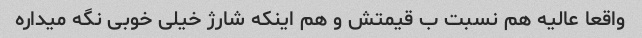
واقعا عالیه هم نسبت ب قیمتش و هم اینکه شارژ خیلی خوبی نگه میداره